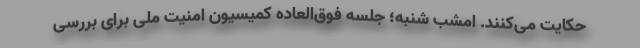
حکایت می‌کنند. امشب شنبه؛ جلسه فوق‌العاده کمیسیون امنیت ملی برای بررسی